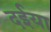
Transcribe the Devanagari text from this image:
दईया